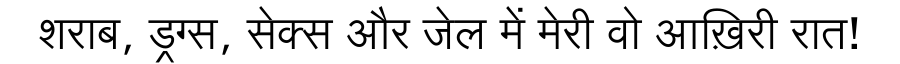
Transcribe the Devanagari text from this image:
शराब, ड्रग्स, सेक्स और जेल में मेरी वो आख़िरी रात!